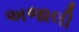
અજાલી